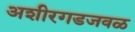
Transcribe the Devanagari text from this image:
अशीरगडजवळ